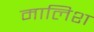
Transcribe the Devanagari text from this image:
मालिश्‍ा